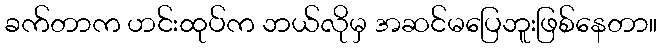
ခက်တာက ဟင်းထုပ်က ဘယ်လိုမှ အဆင်မပြေဘူးဖြစ်နေတာ။